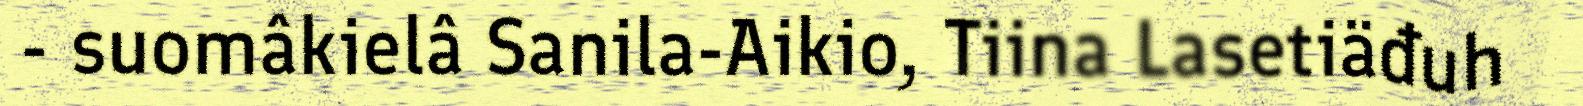
- suomâkielâ Sanila-Aikio, Tiina Lasetiäđuh